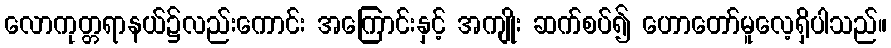
လောကုတ္တရာနယ်၌လည်းကောင်း အကြောင်းနှင့် အကျိုး ဆက်စပ်၍ ဟောတော်မူလေ့ရှိပါသည်။